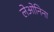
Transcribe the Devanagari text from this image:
लेओनिना